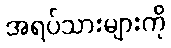
အရပ်သားများကို